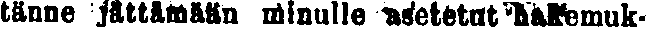
tänne jättämään minulle asetetut hakemuk-